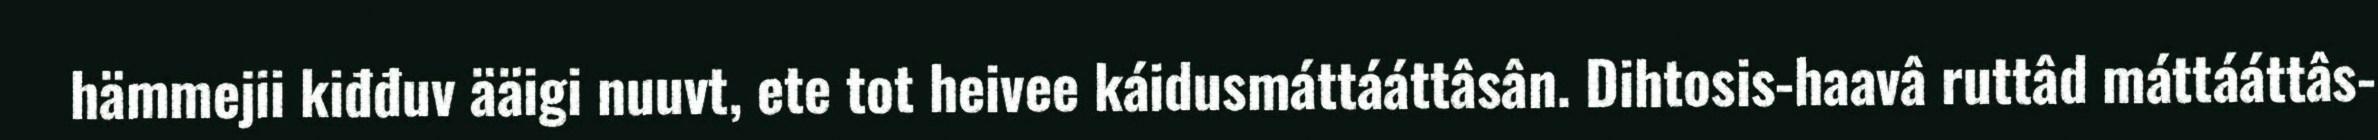
hämmejii kiđđuv ääigi nuuvt, ete tot heivee káidusmáttááttâsân. Dihtosis-haavâ ruttâd máttááttâs-